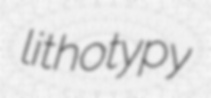
lithotypy